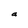
Character: a